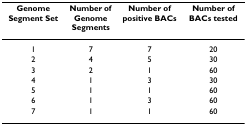
| Genome Segment Set | Number of Genome Segments | Number of positive BACs | Number of BACs tested |
 | --- | --- | --- | --- |
 | 1 | 7 | 7 | 20 |
 | 2 | 4 | 5 | 30 |
 | 3 | 2 | 1 | 60 |
 | 4 | 1 | 3 | 30 |
 | 5 | 1 | 1 | 60 |
 | 6 | 1 | 3 | 60 |
 | 7 | 1 | 1 | 60 |